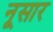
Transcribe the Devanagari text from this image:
नूसार